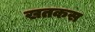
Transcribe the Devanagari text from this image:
खतकस